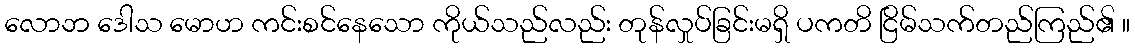
လောဘ ဒေါသ မောဟ ကင်းစင်နေသော ကိုယ်သည်လည်း တုန်လှုပ်ခြင်းမရှိ ပကတိ ငြိမ်သက်တည်ကြည်၏ ။